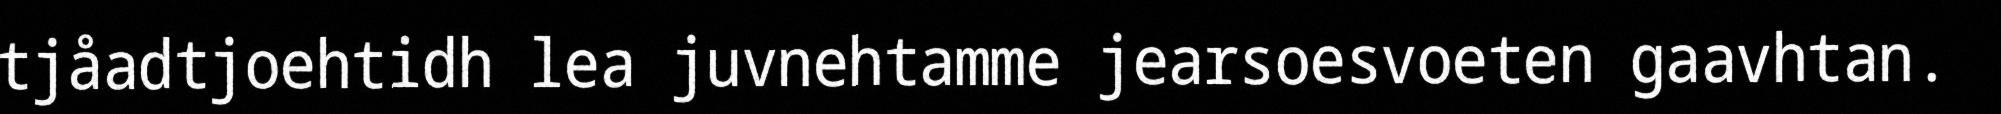
tjåadtjoehtidh lea juvnehtamme jearsoesvoeten gaavhtan.